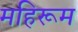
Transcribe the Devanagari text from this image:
महिरूम